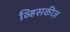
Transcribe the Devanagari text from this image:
व्हिसकीज़